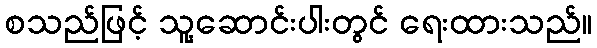
စသည်ဖြင့် သူ့ဆောင်းပါးတွင် ရေးထားသည်။